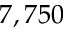
7 , 7 5 0